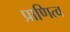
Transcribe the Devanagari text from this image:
प्राणित्व